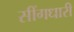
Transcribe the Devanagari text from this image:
सींगधारी